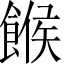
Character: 餱